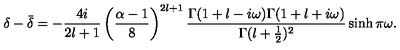
\delta - \bar { \delta } = - \frac { 4 i } { 2 l + 1 } \left( \frac { \alpha - 1 } { 8 } \right) ^ { 2 l + 1 } \frac { \Gamma ( 1 + l - i \omega ) \Gamma ( 1 + l + i \omega ) } { \Gamma ( l + \frac { 1 } { 2 } ) ^ { 2 } } \sinh \pi \omega .